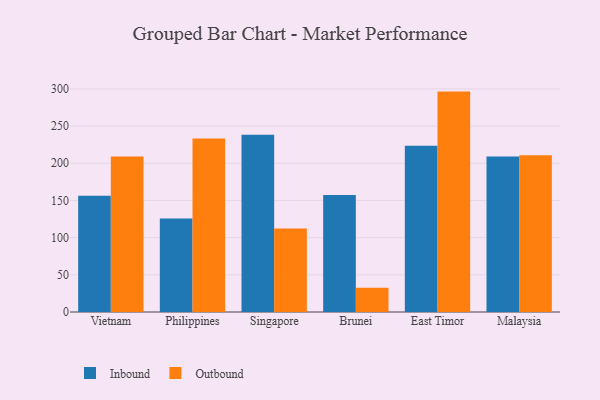
{"axis": {"x": "Country", "y": "Population (Million)"}, "legend": ["Inbound", "Outbound"], "data": [{"x": "Vietnam", "y": 156.4, "type": "Inbound"}, {"x": "Vietnam", "y": 209.1, "type": "Outbound"}, {"x": "Philippines", "y": 125.9, "type": "Inbound"}, {"x": "Philippines", "y": 233.4, "type": "Outbound"}, {"x": "Singapore", "y": 238.5, "type": "Inbound"}, {"x": "Singapore", "y": 112.3, "type": "Outbound"}, {"x": "Brunei", "y": 157.5, "type": "Inbound"}, {"x": "Brunei", "y": 32.7, "type": "Outbound"}, {"x": "East Timor", "y": 223.6, "type": "Inbound"}, {"x": "East Timor", "y": 296.4, "type": "Outbound"}, {"x": "Malaysia", "y": 209.1, "type": "Inbound"}, {"x": "Malaysia", "y": 210.8, "type": "Outbound"}]}